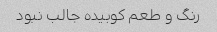
رنگ و طعم کوبیده جالب نبود